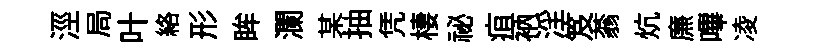
涇局叶絡形眸瀾某抽凭棲祕疽衲淫笈蓊炕㢘嗶凌